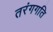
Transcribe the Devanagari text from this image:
तरंगगति